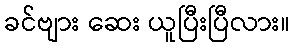
ခင်ဗျား ဆေး ယူပြီးပြီလား။